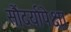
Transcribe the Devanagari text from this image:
सौंदर्यापेक्षा